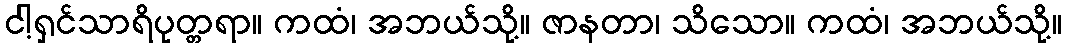
ငါ့ရှင်သာရိပုတ္တရာ။ ကထံ၊ အဘယ်သို့။ ဇာနတာ၊ သိသော။ ကထံ၊ အဘယ်သို့။